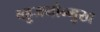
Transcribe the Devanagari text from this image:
बहुजनोन्मुख